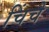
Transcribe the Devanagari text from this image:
चिंचे